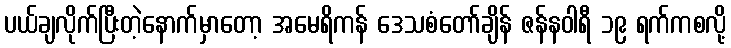
ပယ်ချလိုက်ပြီးတဲ့နောက်မှာတော့ အမေရိကန် ဒေသစံတော်ချိန် ဇန်နဝါရီ ၁၉ ရက်ကစလို့